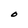
Character: O